Plague in India, 1896, 1897 - Volume 3
Year: 1896
Disease focus: Plague
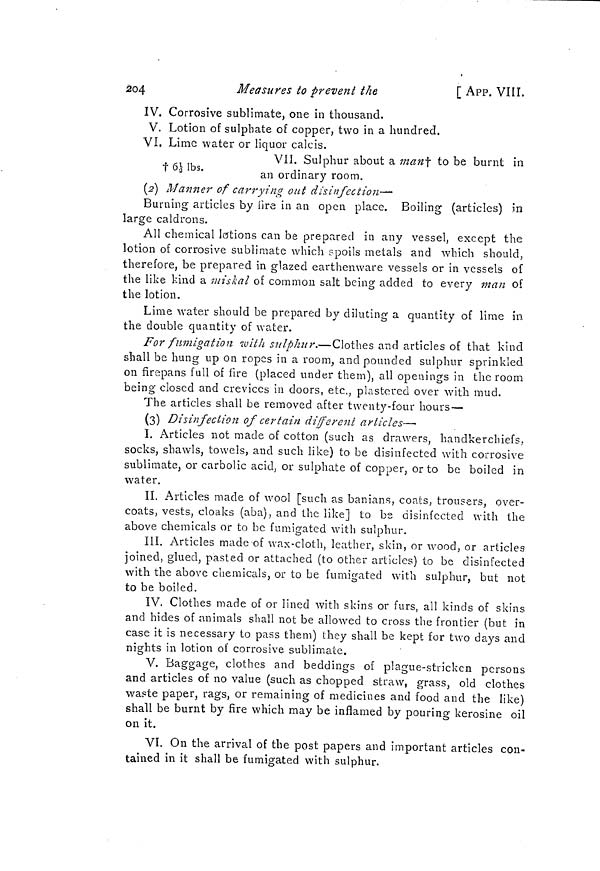
204
Measures to prevent the
[ APP. VII.
IV. Corrosive sublimate, one in thousand.
V. Lotion of sulphate of copper, two in a hundred.
VI. Lime water or liquor calcis.
VII. Sulphur about a man to be burnt in
6 1/3 lbs.
an ordinary room.
(2) Manner of carrying out disinfection—•
Burning articles by fire in an open place. Boiling (articles) in
large caldrons.
All chemical lotions can be prepared in any vessel, except the
lotion of corrosive sublimate which spoils metals and which should,
therefore, be prepared in glazed earthenware vessels or in vessels of
the like kind a miskal of common salt being added to every man of
the lotion.
Lime water should be prepared by diluting a quantity of lime in
the double quantity of water.
For fumigation with sulphur,—Clothes and articles of that kind
shall be hung up on ropes in a room, and pounded sulphur sprinkled
on firepans full of fire (placed under them), all openings in the room
being closed and crevices in doors, etc., plastered over with mud.
The articles shall be removed after twenty-four hours —
(3) Disinfection of certain different articles—
I. Articles not made of cotton (such as drawers, handkerchiefs,
socks, shawls, towels, and such like) to be disinfected with corrosive
sublimate, or carbolic acid, or sulphate of copper, or to be boiled in
water.
II. Articles made of wool [such as banians, coats, trousers, over-
coats, vests, cloaks (aba), and the like] to be disinfected with the
above chemicals or to be fumigated with sulphur.
III. Articles made-of wax-cloth, leather, skin, or wood, or articles
joined, glued, pasted or attached (to other articles) to be disinfected
with the above chemicals, or to be fumigated with sulphur, but not
to be boiled.
IV. Clothes made of or lined with skins or furs, all kinds of skins
and hides of animals shall not be allowed to cross the frontier (but in
case it is necessary to pass them) they shall be kept for two days and
nights in lotion of corrosive sublimate.
O
V. Baggage, clothes and beddings of plague-stricken persons
and articles of no value (such as chopped straw, grass, old clothes
waste paper, rags, or remaining of medicines and food and the like)
shall be burnt by fire which may be inflamed by pouring kerosine oil
on it.
VI. On the arrival of the post papers and important articles con-
tained in it shall be fumigated with sulphur.